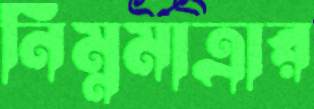
নিম্নমাত্রার